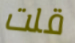
قلت